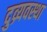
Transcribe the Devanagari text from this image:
दुव्र्यवस्था